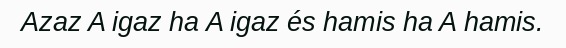
Azaz A igaz ha A igaz és hamis ha A hamis.